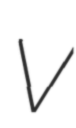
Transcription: V